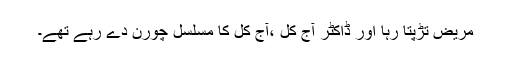
مریض تڑپتا رہا اور ڈاکٹر آج کل ،آج کل کا مسلسل چورن دے رہے تھے۔